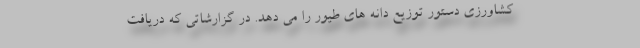
کشاورزی دستور توزیع دانه های طیور را می دهد. در گزارشاتی که دریافت